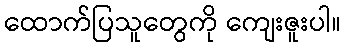
ထောက်ပြသူတွေကို ကျေးဇူးပါ။